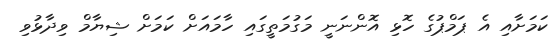
ކަމަށާއި އެ ޕަމްޕުގެ ހޮޅި އޮންނަނީ މަގުމަތީގައި ހާމައަށް ކަމަށް ޝިޔާމް ވިދާޅުވި